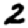
Digit: 2